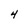
Character: 4